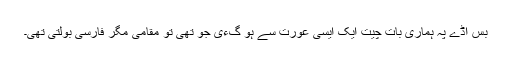
بس اڈے پہ ہماری بات چیت ایک ایسی عورت سے ہو گءی جو تھی تو مقامی مگر فارسی بولتی تھی۔